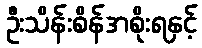
ဦးသိန်းစိန်အစိုးရနှင့်